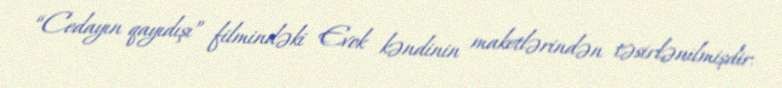
“Cedayın qayıdışı” filmindəki Evok kəndinin maketlərindən təsirlənilmişdir.